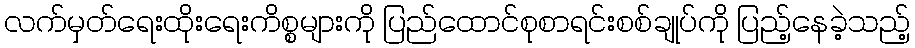
လက်မှတ်ရေးထိုးရေးကိစ္စများကို ပြည်ထောင်စုစာရင်းစစ်ချုပ်ကို ပြည့်နေခဲ့သည့်